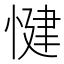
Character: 𱞻